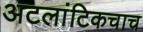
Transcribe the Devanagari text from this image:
अटलांटिकचाच